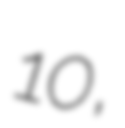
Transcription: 10,